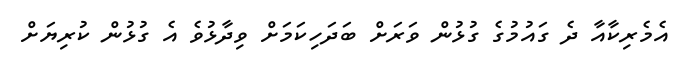
އެމެރިކާއާ ދެ ގައުމުގެ ގުޅުން ވަރަށް ބަދަހިކަމަށް ވިދާޅުވެ އެ ގުޅުން ކުރިޔަށް